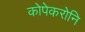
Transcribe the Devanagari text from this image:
कोपेकरोनि